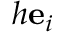
h \mathbf { e } _ { i }